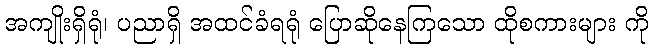
အကျိုးရှိရုံ၊ ပညာရှိ အထင်ခံရရုံ ပြောဆိုနေကြသော ထိုစကားများ ကို